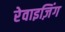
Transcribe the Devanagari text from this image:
रेवाइज़िंग